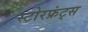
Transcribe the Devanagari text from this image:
स्टोरफ्रंट्स